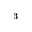
^ 3